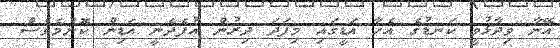
އޭނާ ވިދާޅުވީ ކަނޑުގެ އެހާ އަޑީގައި މިފަދަ ދިރުން އުފެދެނީ އަޑިން ކޮންމެވެސް